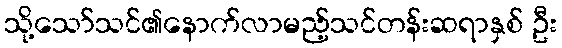
သို့သော်သင်၏နောက်လာမည့်သင်တန်းဆရာနှစ် ဦး